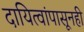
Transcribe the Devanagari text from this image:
दायित्वांपासूनही